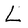
Character: L